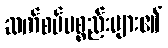
ဆက်စပ်ပစ္စည်းများ၏